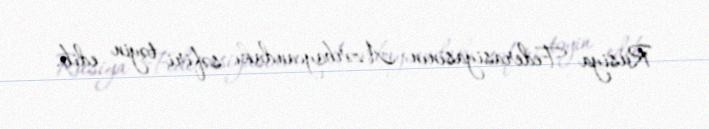
Rusiya Federasiyasının Azərbaycandakı səfiri təyin edib.